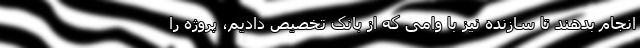
انجام بدهند تا سازنده نیز با وامی که از بانک تخصیص دادیم، پروژه را